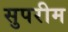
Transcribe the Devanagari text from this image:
सुपरीम